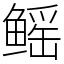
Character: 鳐